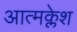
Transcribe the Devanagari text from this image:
आत्मक्लेश